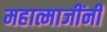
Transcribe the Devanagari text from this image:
महात्माजींनी